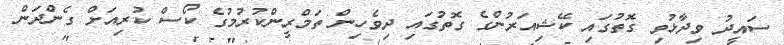
ސައީދު ވިދާޅުވި ގޮތުގައި ކޭޝިއަރުންގެ ގޮތުގައި ދިވެހިން ތަމްރީންކުރުމުގެ ކޯސް ކުރިއަށް ގެންދަން